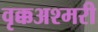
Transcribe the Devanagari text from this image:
वृक्कअश्मरी